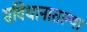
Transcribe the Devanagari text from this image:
संविधानातल्या